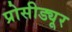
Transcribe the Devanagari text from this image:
प्रोसीड्यूर